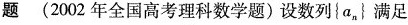
题 (2002年全国高考理科数学题)设数列{a_{n}}满足